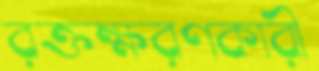
রক্তক্ষরণকারী